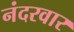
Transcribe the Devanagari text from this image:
नंदरवार